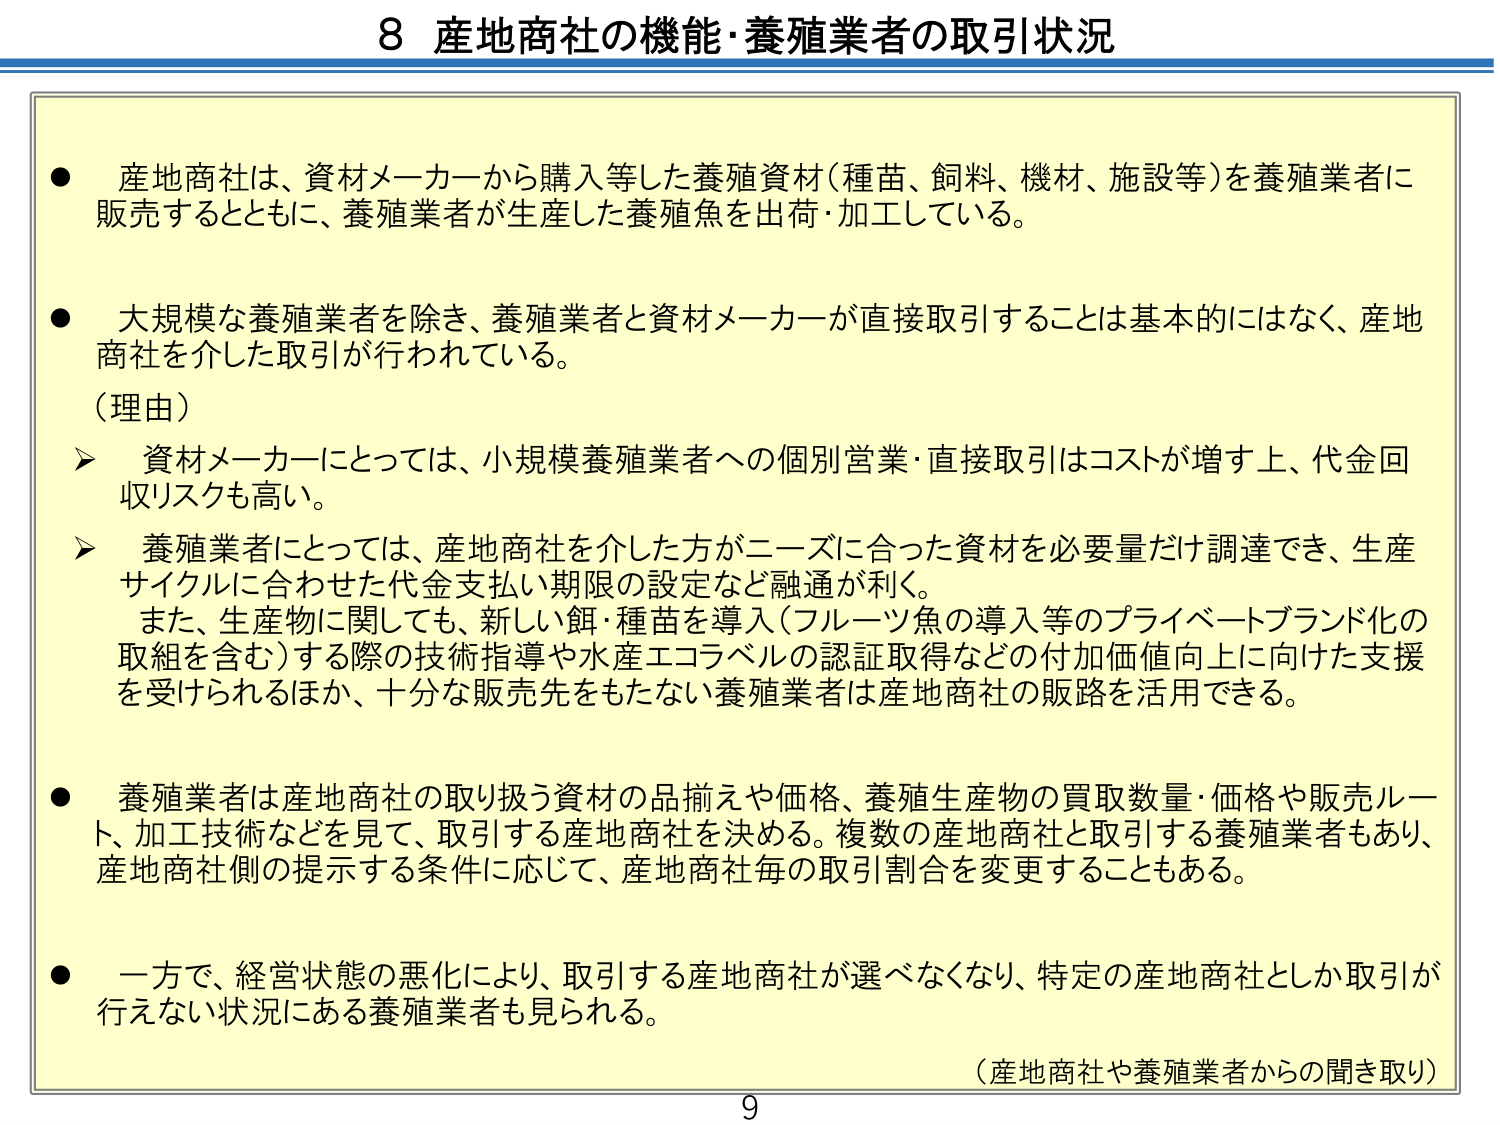
8 産地商社の機能・養殖業者の取引状況

● 産地商社は、資材メーカーから購入等した養殖資材（種苗、飼料、機材、施設等）を養殖業者に販売するとともに、養殖業者が生産した養殖魚を出荷・加工している。

● 大規模な養殖業者を除き、養殖業者と資材メーカーが直接取引することは基本的にはなく、産地商社を介した取引が行われている。
（理由）
➤ 資材メーカーにとっては、小規模養殖業者への個別営業・直接取引はコストが増す上、代金回収リスクも高い。
➤ 養殖業者にとっては、産地商社を介した方がニーズに合った資材を必要量だけ調達でき、生産サイクルに合わせた代金支払い期限の設定など融通が利く。
　また、生産物に関しても、新しい餌・種苗を導入（フルーツ魚の導入等のプライベートブランド化の取組を含む）する際の技術指導や水産エコラベルの認証取得などの付加価値向上に向けた支援を受けられるほか、十分な販売先をもたない養殖業者は産地商社の販路を活用できる。

● 養殖業者は産地商社の取り扱う資材の品揃えや価格、養殖生産物の買取数量・価格や販売ルート、加工技術などを見て、取引する産地商社を決める。複数の産地商社と取引する養殖業者もあり、産地商社側の提示する条件に応じて、産地商社毎の取引割合を変更することもある。

● 一方で、経営状態の悪化により、取引する産地商社が選べなくなり、特定の産地商社としか取引が行えない状況にある養殖業者も見られる。

（産地商社や養殖業者からの聞き取り）

9